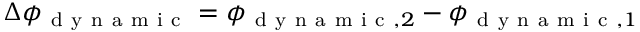
\Delta \phi _ { \mathrm { ~ d ~ y ~ n ~ a ~ m ~ i ~ c ~ } } = \phi _ { \mathrm { ~ d ~ y ~ n ~ a ~ m ~ i ~ c ~ } , 2 } - \phi _ { \mathrm { ~ d ~ y ~ n ~ a ~ m ~ i ~ c ~ } , 1 }